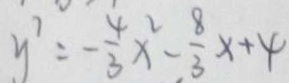
y ^ { 7 } = - \frac { 4 } { 3 } x ^ { 2 } - \frac { 8 } { 3 } x + 4